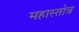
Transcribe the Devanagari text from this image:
महास्तोत्र